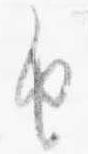
由